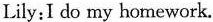
Lily:I do my homework.